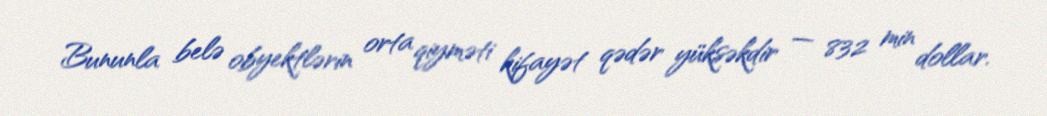
Bununla belə obyektlərin orta qiyməti kifayət qədər yüksəkdir — 832 min dollar.